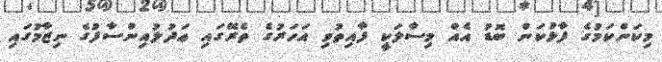
މިކަންކަމުގެ ފާޅުކަން ބޮޑު އެއް މިސާލަކީ ފާއިތުވި އަހަރުގެ ތެރޭގައި ޢަދުލުއިންސާފުގެ ނިޒާމުގައި